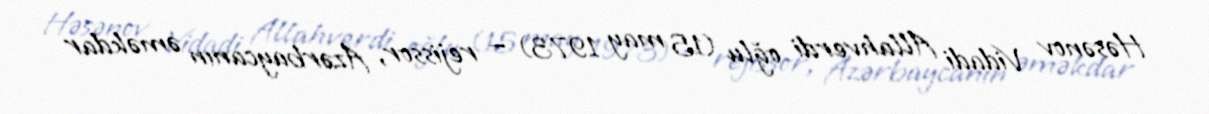
Həsənov Vidadi Allahverdi oğlu (15 may 1973) — rejissor, Azərbaycanın əməkdar